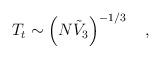
LaTeX: \begin{align*}T_t \sim \left(N{\tilde{V}}_3\right)^{-1/3} \quad ,\end{align*}